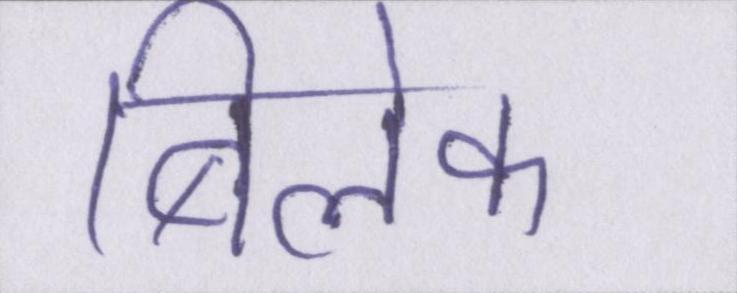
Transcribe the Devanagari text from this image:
बिलेक